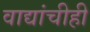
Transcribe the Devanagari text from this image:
वाद्यांचीही